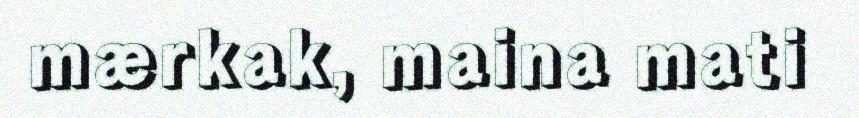
mærkak, maina mati